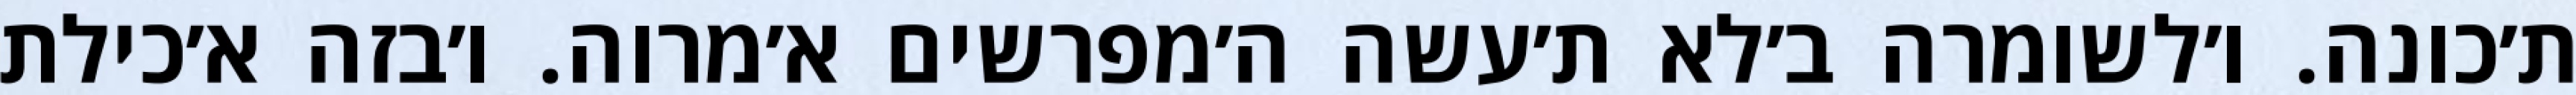
ת׳כונה. ו׳לשומרה ב׳לא ת׳עשה ה׳מפרשים א׳מרוה. ו׳בזה א׳כילת